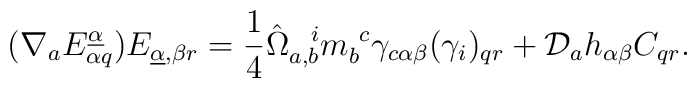
(\nabla_aE^{\underline\alpha}_{\alpha q})E_{\underline\alpha,\beta r}={1\over4}\hat\Omega_{a,b}^{~~i}m_b^{~c}\gamma_{c\alpha\beta}(\gamma_i)_{qr}+{\cal D}_ah_{\alpha\beta}C_{qr}.